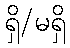
ရှိ/မရှိ